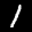
Label: 1